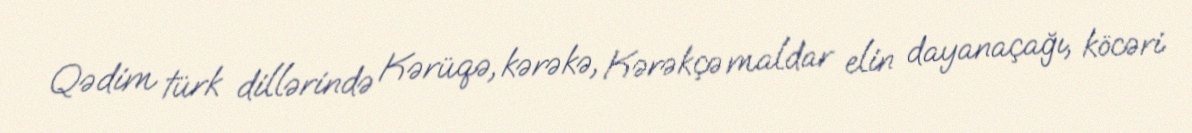
Qədim türk dillərində Kərüqə, kərəkə, Kərəkçə maldar elin dayanaçağı, köcəri